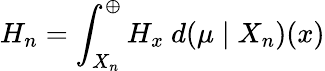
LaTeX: H_{n}=\int_{X_{n}}^{\oplus}H_{x}\ d(\mu\mid X_{n})(x)